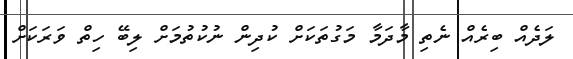
ލަދެއް ބިރެއް ނެތި މާދަމާ މަގުތަކަށް ކުދިން ނުކުތުމަށް ލިބޭ ހިތް ވަރަކަށް